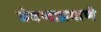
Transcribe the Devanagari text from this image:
जेवणाप्रमाणे